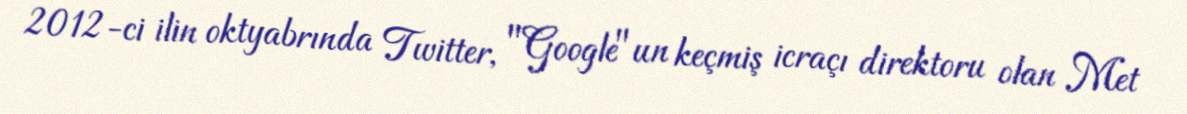
2012-ci ilin oktyabrında Twitter, "Google"un keçmiş icraçı direktoru olan Met